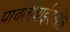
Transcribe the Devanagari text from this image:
पार्वतीबाईदेखील